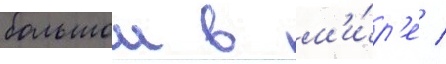
большои в м'и́р'е /